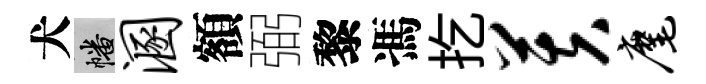
犬幡溷額弼黎馮扢芙麾